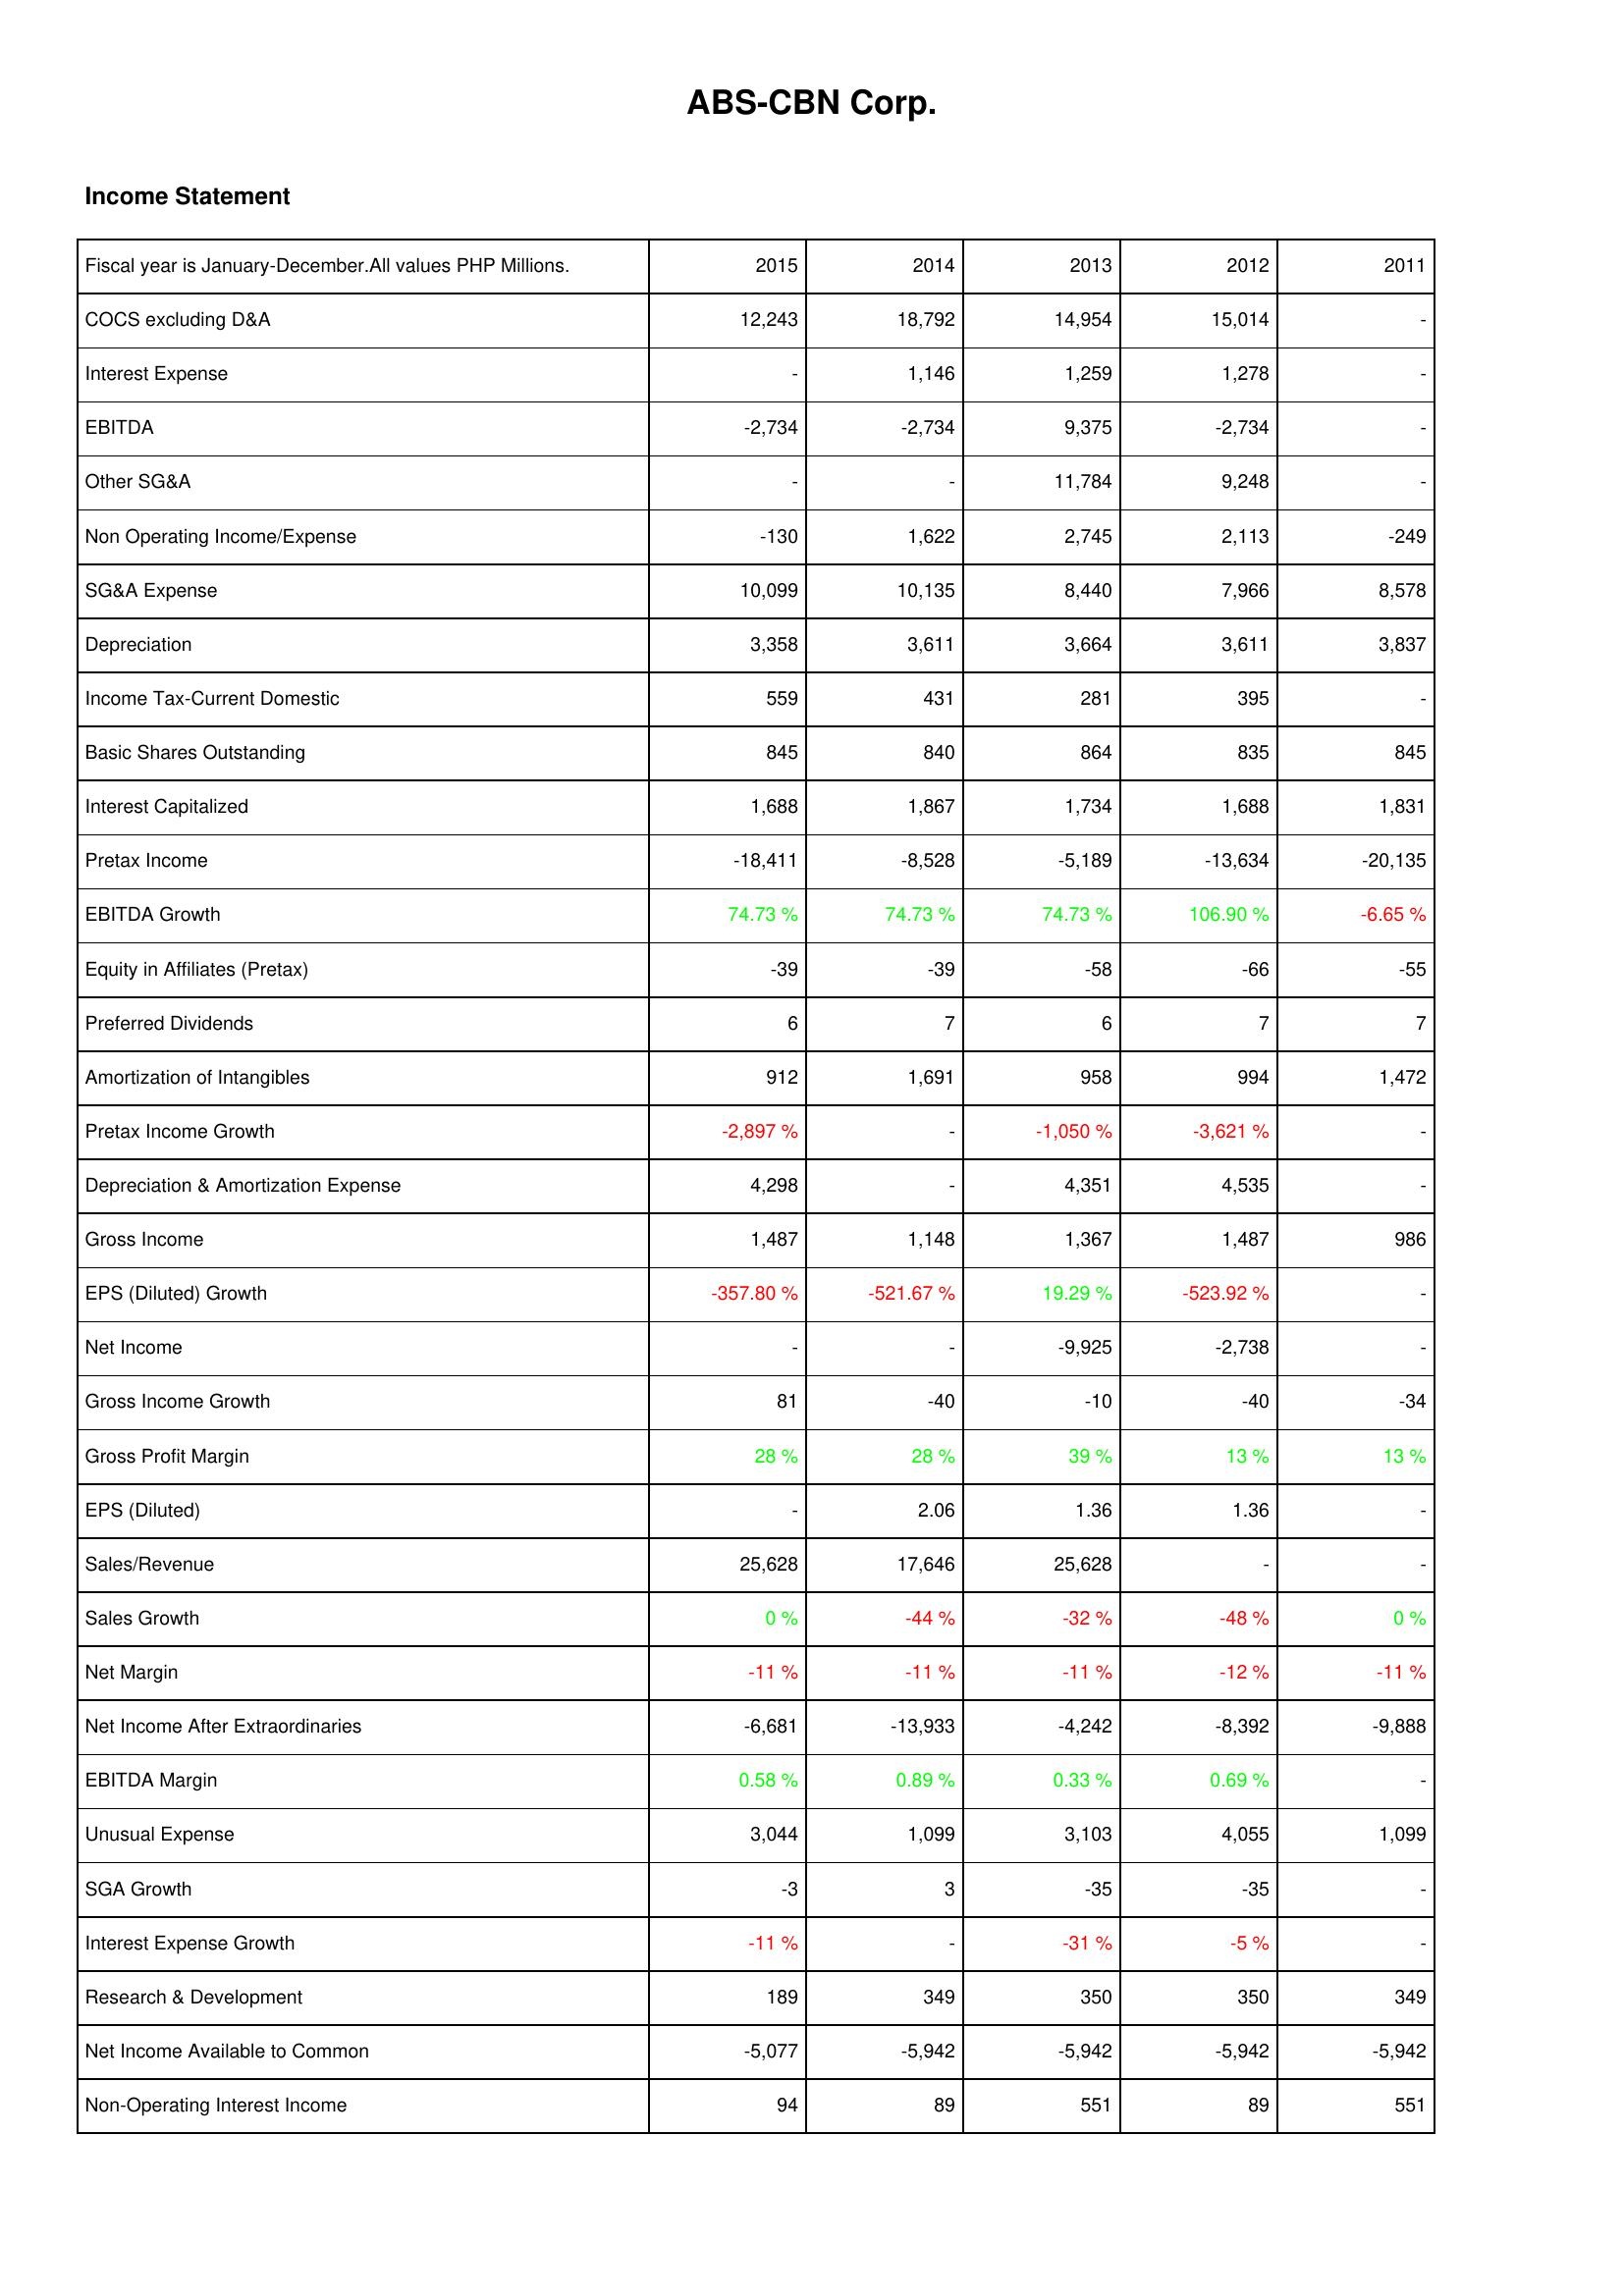
2015: Income Statement: COCS excluding D&A: 12,243
Interest Expense: -
EBITDA: -2,734
Other SG&A: -
Non Operating Income/Expense: -130
SG&A Expense: 10,099
Depreciation: 3,358
Income Tax-Current Domestic: 559
Basic Shares Outstanding: 845
Interest Capitalized: 1,688
Pretax Income: -18,411
EBITDA Growth: 74.73 %
Equity in Affiliates (Pretax): -39
Preferred Dividends: 6
Amortization of Intangibles: 912
Pretax Income Growth: -2,897 %
Depreciation & Amortization Expense: 4,298
Gross Income: 1,487
EPS (Diluted) Growth: -357.80 %
Net Income: -
Gross Income Growth: 81
Gross Profit Margin: 28 %
EPS (Diluted): -
Sales/Revenue: 25,628
Sales Growth: 0 %
Net Margin: -11 %
Net Income After Extraordinaries: -6,681
EBITDA Margin: 0.58 %
Unusual Expense: 3,044
SGA Growth: -3
Interest Expense Growth: -11 %
Research & Development: 189
Net Income Available to Common: -5,077
Non-Operating Interest Income: 94
2014: Income Statement: COCS excluding D&A: 18,792
Interest Expense: 1,146
EBITDA: -2,734
Other SG&A: -
Non Operating Income/Expense: 1,622
SG&A Expense: 10,135
Depreciation: 3,611
Income Tax-Current Domestic: 431
Basic Shares Outstanding: 840
Interest Capitalized: 1,867
Pretax Income: -8,528
EBITDA Growth: 74.73 %
Equity in Affiliates (Pretax): -39
Preferred Dividends: 7
Amortization of Intangibles: 1,691
Pretax Income Growth: -
Depreciation & Amortization Expense: -
Gross Income: 1,148
EPS (Diluted) Growth: -521.67 %
Net Income: -
Gross Income Growth: -40
Gross Profit Margin: 28 %
EPS (Diluted): 2.06
Sales/Revenue: 17,646
Sales Growth: -44 %
Net Margin: -11 %
Net Income After Extraordinaries: -13,933
EBITDA Margin: 0.89 %
Unusual Expense: 1,099
SGA Growth: 3
Interest Expense Growth: -
Research & Development: 349
Net Income Available to Common: -5,942
Non-Operating Interest Income: 89
2013: Income Statement: COCS excluding D&A: 14,954
Interest Expense: 1,259
EBITDA: 9,375
Other SG&A: 11,784
Non Operating Income/Expense: 2,745
SG&A Expense: 8,440
Depreciation: 3,664
Income Tax-Current Domestic: 281
Basic Shares Outstanding: 864
Interest Capitalized: 1,734
Pretax Income: -5,189
EBITDA Growth: 74.73 %
Equity in Affiliates (Pretax): -58
Preferred Dividends: 6
Amortization of Intangibles: 958
Pretax Income Growth: -1,050 %
Depreciation & Amortization Expense: 4,351
Gross Income: 1,367
EPS (Diluted) Growth: 19.29 %
Net Income: -9,925
Gross Income Growth: -10
Gross Profit Margin: 39 %
EPS (Diluted): 1.36
Sales/Revenue: 25,628
Sales Growth: -32 %
Net Margin: -11 %
Net Income After Extraordinaries: -4,242
EBITDA Margin: 0.33 %
Unusual Expense: 3,103
SGA Growth: -35
Interest Expense Growth: -31 %
Research & Development: 350
Net Income Available to Common: -5,942
Non-Operating Interest Income: 551
2012: Income Statement: COCS excluding D&A: 15,014
Interest Expense: 1,278
EBITDA: -2,734
Other SG&A: 9,248
Non Operating Income/Expense: 2,113
SG&A Expense: 7,966
Depreciation: 3,611
Income Tax-Current Domestic: 395
Basic Shares Outstanding: 835
Interest Capitalized: 1,688
Pretax Income: -13,634
EBITDA Growth: 106.90 %
Equity in Affiliates (Pretax): -66
Preferred Dividends: 7
Amortization of Intangibles: 994
Pretax Income Growth: -3,621 %
Depreciation & Amortization Expense: 4,535
Gross Income: 1,487
EPS (Diluted) Growth: -523.92 %
Net Income: -2,738
Gross Income Growth: -40
Gross Profit Margin: 13 %
EPS (Diluted): 1.36
Sales/Revenue: -
Sales Growth: -48 %
Net Margin: -12 %
Net Income After Extraordinaries: -8,392
EBITDA Margin: 0.69 %
Unusual Expense: 4,055
SGA Growth: -35
Interest Expense Growth: -5 %
Research & Development: 350
Net Income Available to Common: -5,942
Non-Operating Interest Income: 89
2011: Income Statement: COCS excluding D&A: -
Interest Expense: -
EBITDA: -
Other SG&A: -
Non Operating Income/Expense: -249
SG&A Expense: 8,578
Depreciation: 3,837
Income Tax-Current Domestic: -
Basic Shares Outstanding: 845
Interest Capitalized: 1,831
Pretax Income: -20,135
EBITDA Growth: -6.65 %
Equity in Affiliates (Pretax): -55
Preferred Dividends: 7
Amortization of Intangibles: 1,472
Pretax Income Growth: -
Depreciation & Amortization Expense: -
Gross Income: 986
EPS (Diluted) Growth: -
Net Income: -
Gross Income Growth: -34
Gross Profit Margin: 13 %
EPS (Diluted): -
Sales/Revenue: -
Sales Growth: 0 %
Net Margin: -11 %
Net Income After Extraordinaries: -9,888
EBITDA Margin: -
Unusual Expense: 1,099
SGA Growth: -
Interest Expense Growth: -
Research & Development: 349
Net Income Available to Common: -5,942
Non-Operating Interest Income: 551